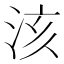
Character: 𣴃